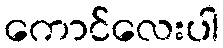
ကောင်လေးပါ